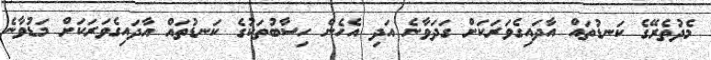
މެދުތެރޭގެ ކަނޑުތައް އާދައިގެވަރަކަށް ގަދަވާނެ އަދި އެހެން ހިސާބުތަކުގެ ކަނޑުތައް އާދައިގެވަރަކަށް މަޑުވާނެ